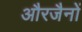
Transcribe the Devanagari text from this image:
औरजैनों